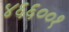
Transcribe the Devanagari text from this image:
४६६००१